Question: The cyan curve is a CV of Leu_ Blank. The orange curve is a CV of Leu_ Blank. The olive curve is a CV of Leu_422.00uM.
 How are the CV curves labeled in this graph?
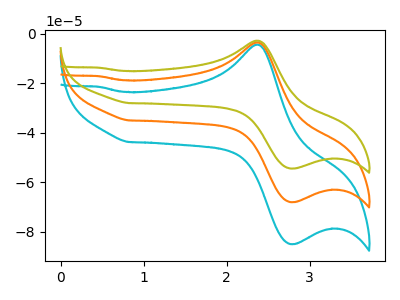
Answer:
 <answer>The cyan curve is labeled "Leu_ Blank". The orange curve is labeled "Leu_ Blank". The olive curve is labeled "Leu_422.00uM".</answer>
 <eval></eval>